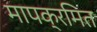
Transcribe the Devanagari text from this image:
मापक्रमित